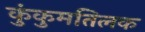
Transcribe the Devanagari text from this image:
कुंकुमतिलक